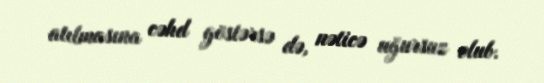
atılmasına cəhd göstərsə də, nəticə uğursuz olub.